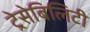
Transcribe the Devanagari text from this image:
ट्रेसेबिलिटी